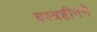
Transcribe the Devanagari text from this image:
वस्त्रहीनने